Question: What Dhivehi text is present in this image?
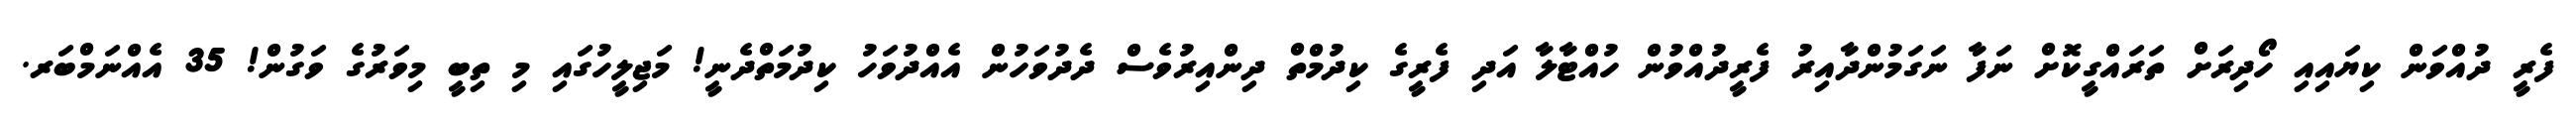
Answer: ފެރީ ދުއްވަން ކިޔައިއި ހޯދިރަށް ތަރައްގީކޮށް ނަފާ ނަގަމުންދާއިރު ފެރީދުއްވުން ހުއްޓާލާ އަދި ފެރީގެ ކިދުމްތް ދިންއިރުވެސް ދެދުވަހުން އެއްދުވަހު ކިދުމަތްދެނީ! މަޖިލީހުގައި މި ތިބީ މިވަރުގެ ވަގުން! 35 އެއްނަމްބަރ.